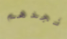
نجدهم